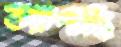
তরুণাস্থি